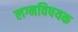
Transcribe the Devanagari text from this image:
लग्नविषयक